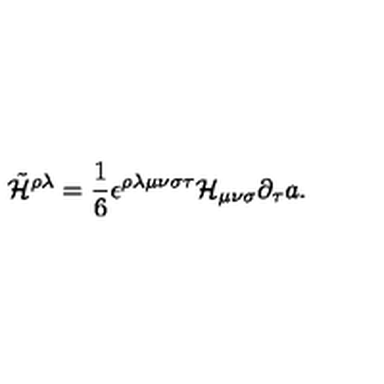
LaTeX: \tilde { \cal H } ^ { \rho \lambda } = { \frac { 1 } { 6 } } \epsilon ^ { \rho \lambda \mu \nu \sigma \tau } { \cal H } _ { \mu \nu \sigma } \partial _ { \tau } a .